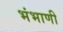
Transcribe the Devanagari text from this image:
भंभाणी